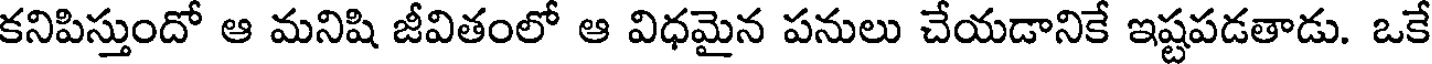
కనిపిస్తుందో ఆ మనిషి జీవితంలో ఆ విధమైన పనులు చేయడానికే ఇష్టపడతాడు. ఒకే